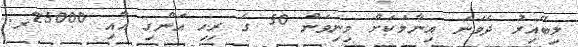
ލިބޭއިރު ދެވަނަ އިނާމަކަށް މިނިވަން 50 ގެ ރިހި އަންގި އާއި 25000ރ.